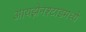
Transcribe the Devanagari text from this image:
आयझेनश्टाडमध्ये